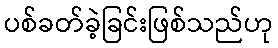
ပစ်ခတ်ခဲ့ခြင်းဖြစ်သည်ဟု